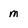
Character: m